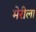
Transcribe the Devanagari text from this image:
मेरीला